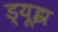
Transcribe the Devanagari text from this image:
ड्यूझ